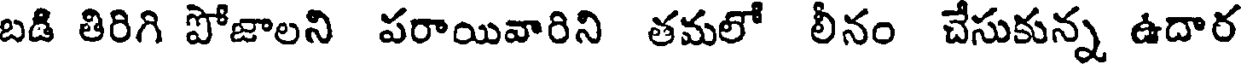
బడి తిరిగి పోజాలని పరాయివారిని తమలో లీనం చేసుకున్న ఉదార